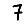
Digit: 7